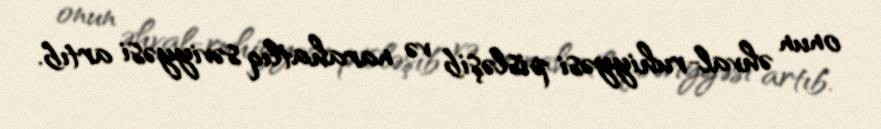
onun əhval-ruhiyyəsi pisləşib və narahatlıq səviyyəsi artıb.